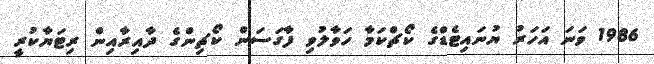
1986 ވަނަ އަހަރު ޔުނައިޓެޑްގެ ކޯޗްކަމާ ހަވާލުވި ފާގަސަން ކޯޗިންގެ ދާއިރާއިން ރިޓަޔާކުރީ